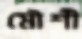
মৌশী